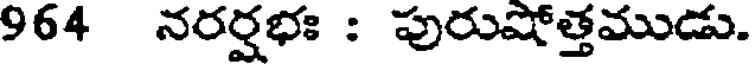
964 నరర్షభః : పురుషోత్తముడు.